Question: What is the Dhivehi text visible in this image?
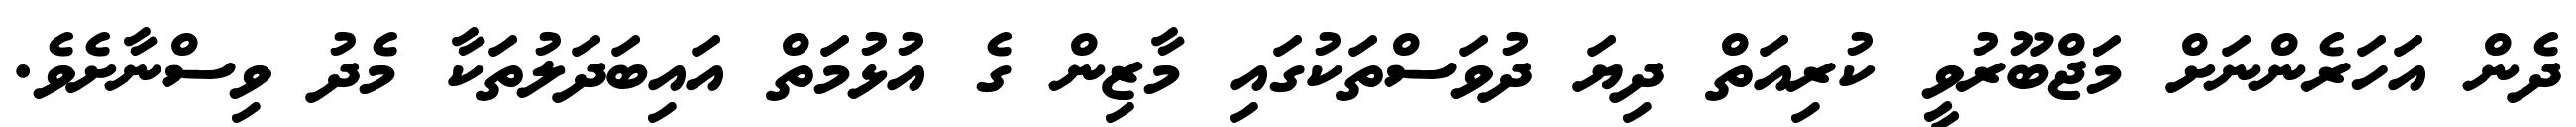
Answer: ދެން އަހަރެންނަށް މަޖްބޫރުވީ ކުރިއަތް ދިޔަ ދުވަސްތަކުގައި މާޒިން ގެ އުޅުމަތް އައިބަދަލުތަކާ މެދު ވިސްނާށެވެ.